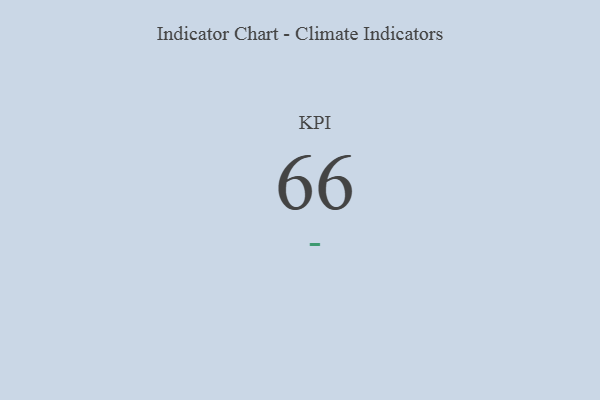
{"axis": {"x": "KPI", "y": "Value"}, "legend": [""], "data": [{"x": "KPI", "y": 66, "type": ""}]}